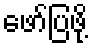
ဖော်ပြဖို့